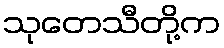
သုတေသီတို့က